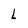
Character: l